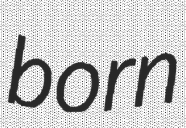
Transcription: born